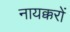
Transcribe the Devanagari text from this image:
नायक्करों